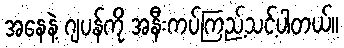
အနေနဲ့ ဂျပန်ကို အနီးကပ်ကြည့်သင့်ပါတယ်။